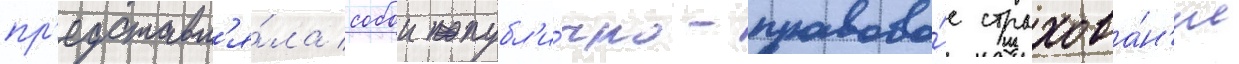
пр'едставл'я́ла собои публ'и́чно-правово́е страхова́н'ие